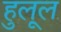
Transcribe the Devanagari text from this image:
हुलूल